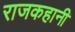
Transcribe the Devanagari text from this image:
राजकहानी